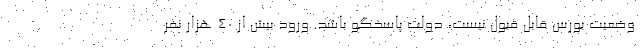
وضعیت بورس قابل قبول نیست، دولت پاسخگو باشد. ورود بیش از ۴۰ هزار نفر